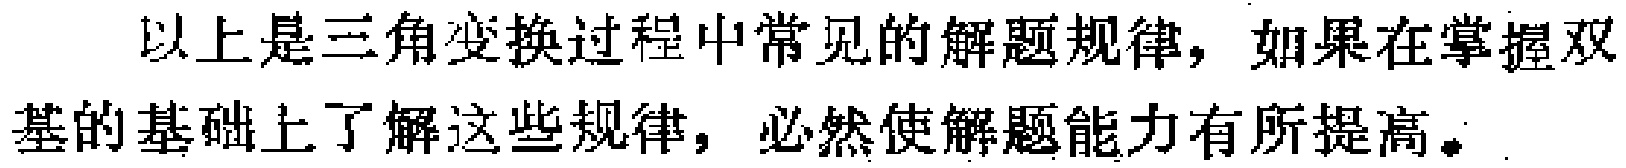
以上是三角变换过程中常见的解题规律，如果在掌握双基的基础上了解这些规律，必然使解题能力有所提高。